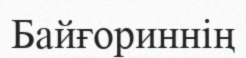
Байғориннің